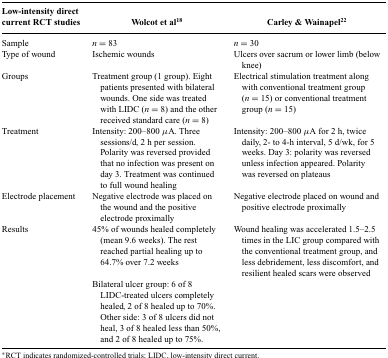
<table><thead><tr><td><b>Low-intensity direct current RCT studies</b></td><td><b>Wolcot et al18</b></td><td><b>Carley &amp; Wainapel22</b></td></tr></thead><tbody><tr><td>Sample</td><td><i>n</i> = 83</td><td><i>n</i> = 30</td></tr><tr><td>Type of wound</td><td>Ischemic wounds</td><td>Ulcers over sacrum or lower limb (below knee)</td></tr><tr><td>Groups</td><td>Treatment group (1 group). Eight patients presented with bilateral wounds. One side was treated with LIDC (<i>n</i> = 8) and the other received standard care (<i>n</i> = 8)</td><td>Electrical stimulation treatment along with conventional treatment group (<i>n</i> = 15) or conventional treatment group (<i>n</i> = 15)</td></tr><tr><td>Treatment</td><td>Intensity: 200–800 μA. Three sessions/d, 2 h per session. Polarity was reversed provided that no infection was present on day 3. Treatment was continued to full wound healing</td><td>Intensity: 200–800 μA for 2 h, twice daily, 2- to 4-h interval, 5 d/wk, for 5 weeks. Day 3: polarity was reversed unless infection appeared. Polarity was reversed on plateaus</td></tr><tr><td>Electrode placement</td><td>Negative electrode was placed on the wound and the positive electrode proximally</td><td>Negative electrode placed on wound and positive electrode proximally</td></tr><tr><td>Results</td><td>45% of wounds healed completely (mean 9.6 weeks). The rest reached partial healing up to 64.7% over 7.2 weeks</td><td>Wound healing was accelerated 1.5–2.5 times in the LIC group compared with the conventional treatment group, and less debridement, less discomfort, and resilient healed scars were observed</td></tr><tr><td> </td><td>Bilateral ulcer group: 6 of 8 LIDC-treated ulcers completely healed, 2 of 8 healed up to 70%. Other side: 3 of 8 ulcers did not heal, 3 of 8 healed less than 50%, and 2 of 8 healed up to 75%.</td><td> </td></tr></tbody></table>